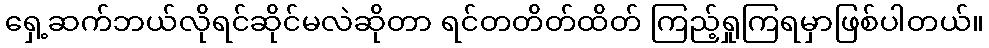
ရှေ့ဆက်ဘယ်လိုရင်ဆိုင်မလဲဆိုတာ ရင်တတိတ်ထိတ် ကြည့်ရှုကြရမှာဖြစ်ပါတယ်။